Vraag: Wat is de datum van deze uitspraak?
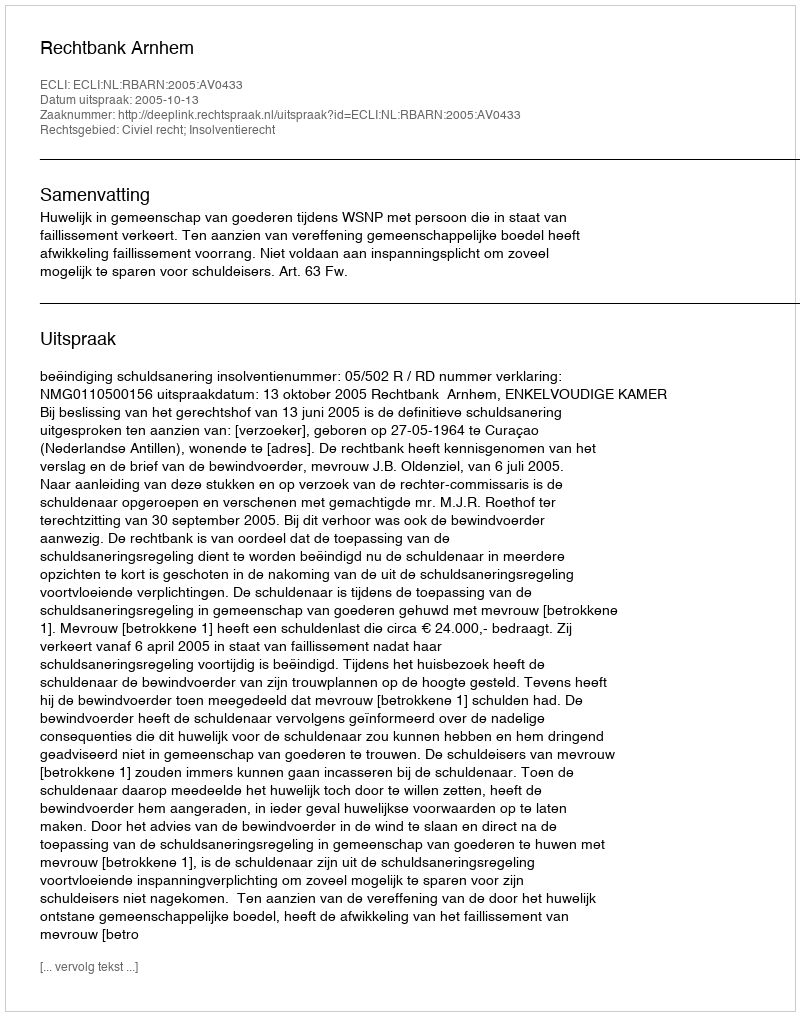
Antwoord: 2005-10-13